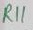
Text: R11